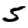
Digit: 5